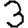
Digit: 3